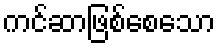
ကင်ဆာဖြစ်စေသော